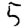
Digit: 5